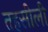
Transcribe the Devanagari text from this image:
तहसीली